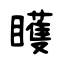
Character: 矆